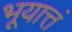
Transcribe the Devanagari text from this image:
भूयात्तं